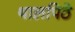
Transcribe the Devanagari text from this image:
थालपिठे